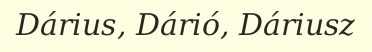
Dárius, Dárió, Dáriusz